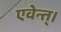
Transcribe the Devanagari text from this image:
एवेन्त्।